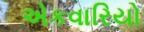
એકવારિયો